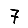
Digit: 7